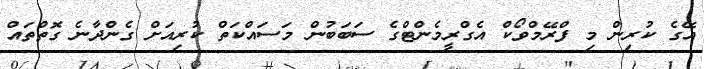
އޭގެ ކުރިން މި ފްރޭމްވޯކް އެގްރީމެންޓްގެ ސަބަބުން މަސައްކަތް ކުރިއަށް ގެންދާނެ ގޮތްތައް